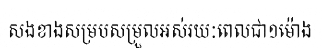
សងខាងសម្របសម្រួលអស់រយៈពេលជា១ម៉ោង